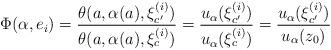
LaTeX: \begin{align*}\Phi(\alpha, e_i) = \frac{\theta(a, \alpha(a), \xi_{c'}^{(i)})}{\theta(a, \alpha(a), \xi_{c}^{(i)})}=\frac{u_{\alpha}(\xi_{c'}^{(i)})}{u_{\alpha}(\xi_{c}^{(i)})}=\frac{u_{\alpha}(\xi_{c'}^{(i)})}{u_{\alpha}(z_0)}\end{align*}